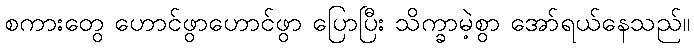
စကားတွေ ဟောင်ဖွာဟောင်ဖွာ ပြောပြီး သိက္ခာမဲ့စွာ အော်ရယ်နေသည်။